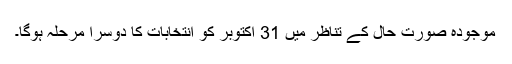
موجودہ صورت حال کے تناظر میں 31 اکتوبر کو انتخابات کا دوسرا مرحلہ ہوگا۔